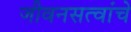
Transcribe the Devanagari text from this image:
जीवनसत्वांचे